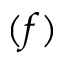
( f )